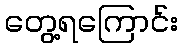
တွေ့ရကြောင်း